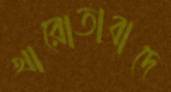
খারোতাবাদে